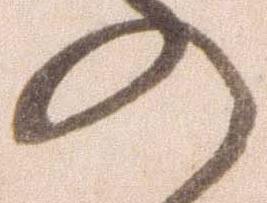
の